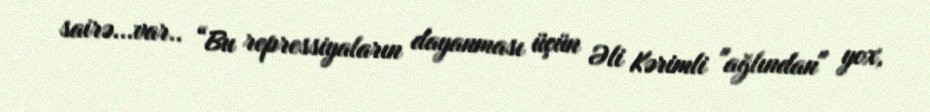
sairə...var.. “Bu repressiyaların dayanması üçün Əli Kərimli "ağlından" yox,